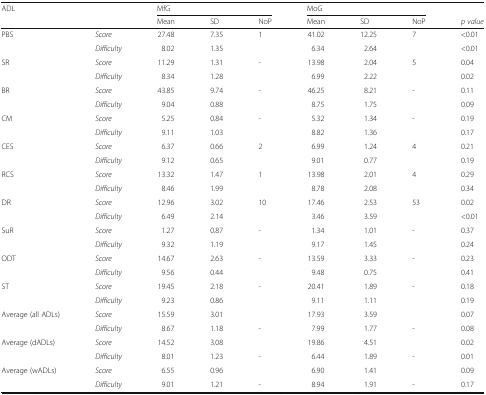
<table><thead><tr><td rowspan="2"><b>ADL</b></td><td rowspan="2"></td><td colspan="3"><b>MfG</b></td><td colspan="3"><b>MoG</b></td><td></td></tr><tr><td><b>Mean</b></td><td><b>SD</b></td><td><b>NoP</b></td><td><b>Mean</b></td><td><b>SD</b></td><td><b>NoP</b></td><td><b><i>p value</i></b></td></tr></thead><tbody><tr><td rowspan="2">PBS</td><td><i>Score</i></td><td>27.48</td><td>7.35</td><td rowspan="2">1</td><td>41.02</td><td>12.25</td><td rowspan="2">7</td><td>&lt;0.01</td></tr><tr><td><i>Difficulty</i></td><td>8.02</td><td>1.35</td><td>6.34</td><td>2.64</td><td>&lt;0.01</td></tr><tr><td rowspan="2">SR</td><td><i>Score</i></td><td>11.29</td><td>1.31</td><td rowspan="2">-</td><td>13.98</td><td>2.04</td><td rowspan="2">5</td><td>0.04</td></tr><tr><td><i>Difficulty</i></td><td>8.34</td><td>1.28</td><td>6.99</td><td>2.22</td><td>0.02</td></tr><tr><td rowspan="2">BR</td><td><i>Score</i></td><td>43.85</td><td>9.74</td><td rowspan="2">-</td><td>46.25</td><td>8.21</td><td rowspan="2">-</td><td>0.11</td></tr><tr><td><i>Difficulty</i></td><td>9.04</td><td>0.88</td><td>8.75</td><td>1.75</td><td>0.09</td></tr><tr><td rowspan="2">CM</td><td><i>Score</i></td><td>5.25</td><td>0.84</td><td rowspan="2">-</td><td>5.32</td><td>1.34</td><td rowspan="2">-</td><td>0.19</td></tr><tr><td><i>Difficulty</i></td><td>9.11</td><td>1.03</td><td>8.82</td><td>1.36</td><td>0.17</td></tr><tr><td rowspan="2">CES</td><td><i>Score</i></td><td>6.37</td><td>0.66</td><td rowspan="2">2</td><td>6.99</td><td>1.24</td><td rowspan="2">4</td><td>0.21</td></tr><tr><td><i>Difficulty</i></td><td>9.12</td><td>0.65</td><td>9.01</td><td>0.77</td><td>0.19</td></tr><tr><td rowspan="2">RCS</td><td><i>Score</i></td><td>13.32</td><td>1.47</td><td rowspan="2">1</td><td>13.98</td><td>2.01</td><td rowspan="2">4</td><td>0.29</td></tr><tr><td><i>Difficulty</i></td><td>8.46</td><td>1.99</td><td>8.78</td><td>2.08</td><td>0.34</td></tr><tr><td rowspan="2">DR</td><td><i>Score</i></td><td>12.96</td><td>3.02</td><td rowspan="2">10</td><td>17.46</td><td>2.53</td><td rowspan="2">53</td><td>0.02</td></tr><tr><td><i>Difficulty</i></td><td>6.49</td><td>2.14</td><td>3.46</td><td>3.59</td><td>&lt;0.01</td></tr><tr><td rowspan="2">SuR</td><td><i>Score</i></td><td>1.27</td><td>0.87</td><td rowspan="2">-</td><td>1.34</td><td>1.01</td><td rowspan="2">-</td><td>0.37</td></tr><tr><td><i>Difficulty</i></td><td>9.32</td><td>1.19</td><td>9.17</td><td>1.45</td><td>0.24</td></tr><tr><td rowspan="2">ODT</td><td><i>Score</i></td><td>14.67</td><td>2.63</td><td rowspan="2">-</td><td>13.59</td><td>3.33</td><td rowspan="2">-</td><td>0.23</td></tr><tr><td><i>Difficulty</i></td><td>9.56</td><td>0.44</td><td>9.48</td><td>0.75</td><td>0.41</td></tr><tr><td rowspan="2">ST</td><td><i>Score</i></td><td>19.45</td><td>2.18</td><td rowspan="3">-</td><td>20.41</td><td>1.89</td><td rowspan="3">-</td><td>0.18</td></tr><tr><td><i>Difficulty</i></td><td>9.23</td><td>0.86</td><td>9.11</td><td>1.11</td><td>0.19</td></tr><tr><td rowspan="2">Average (all ADLs)</td><td><i>Score</i></td><td>15.59</td><td>3.01</td><td>17.93</td><td>3.59</td><td>0.07</td></tr><tr><td><i>Difficulty</i></td><td>8.67</td><td>1.18</td><td rowspan="2">-</td><td>7.99</td><td>1.77</td><td rowspan="2">-</td><td>0.08</td></tr><tr><td rowspan="2">Average (dADLs)</td><td><i>Score</i></td><td>14.52</td><td>3.08</td><td>19.86</td><td>4.51</td><td>0.02</td></tr><tr><td><i>Difficulty</i></td><td>8.01</td><td>1.23</td><td rowspan="2">-</td><td>6.44</td><td>1.89</td><td rowspan="2">-</td><td>0.01</td></tr><tr><td rowspan="2">Average (wADLs)</td><td><i>Score</i></td><td>6.55</td><td>0.96</td><td>6.90</td><td>1.41</td><td>0.09</td></tr><tr><td><i>Difficulty</i></td><td>9.01</td><td>1.21</td><td>-</td><td>8.94</td><td>1.91</td><td>-</td><td>0.17</td></tr></tbody></table>